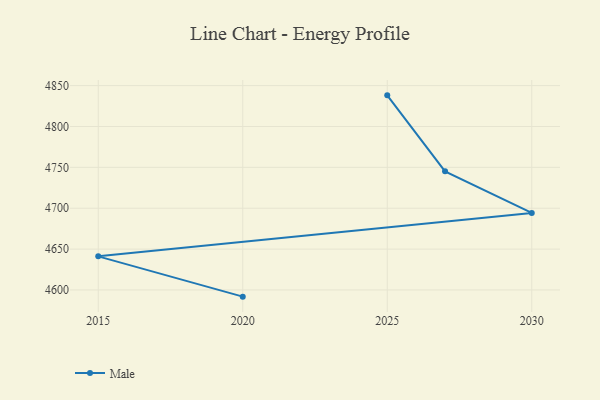
{"axis": {"x": "Year", "y": "Churn Rate (%)"}, "legend": ["Male"], "data": [{"x": "2025", "y": 4838.1, "type": "Male"}, {"x": "2027", "y": 4745.1, "type": "Male"}, {"x": "2030", "y": 4694.3, "type": "Male"}, {"x": "2015", "y": 4641.1, "type": "Male"}, {"x": "2020", "y": 4591.8, "type": "Male"}]}